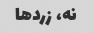
نه، زردها